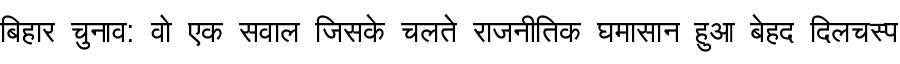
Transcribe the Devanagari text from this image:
बिहार चुनाव: वो एक सवाल जिसके चलते राजनीतिक घमासान हुआ बेहद दिलचस्प